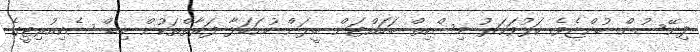
ފިނޭސުން ބުންޏެވެ. ކަޅުވަކަރު މިސްކިތް ބަހައްޓަން ބީލަން ހުށަހަޅާ ފަރާތްތަކުން ބިޑް ސެކިއުރިޓީގެ